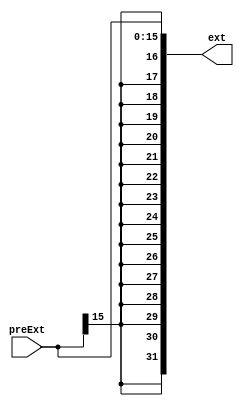
module SignExtend(
    input [15:0]preExt,
    output [31:0]ext
);

assign ext = { {16 {preExt[15]}}, preExt};

endmodule